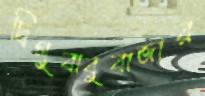
দ্বিগুবাবুবাজার